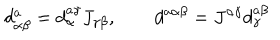
LaTeX: d _ { \alpha \beta } ^ { a } = d _ { \alpha } ^ { a \gamma } J _ { \gamma \beta } , \qquad d ^ { a \alpha \beta } = J ^ { \alpha \gamma } d _ { \gamma } ^ { a \beta }